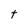
Character: t